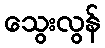
သွေးလွန်